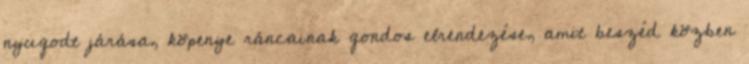
nyugodt járása, köpenye ráncainak gondos elrendezése, amit beszéd közben